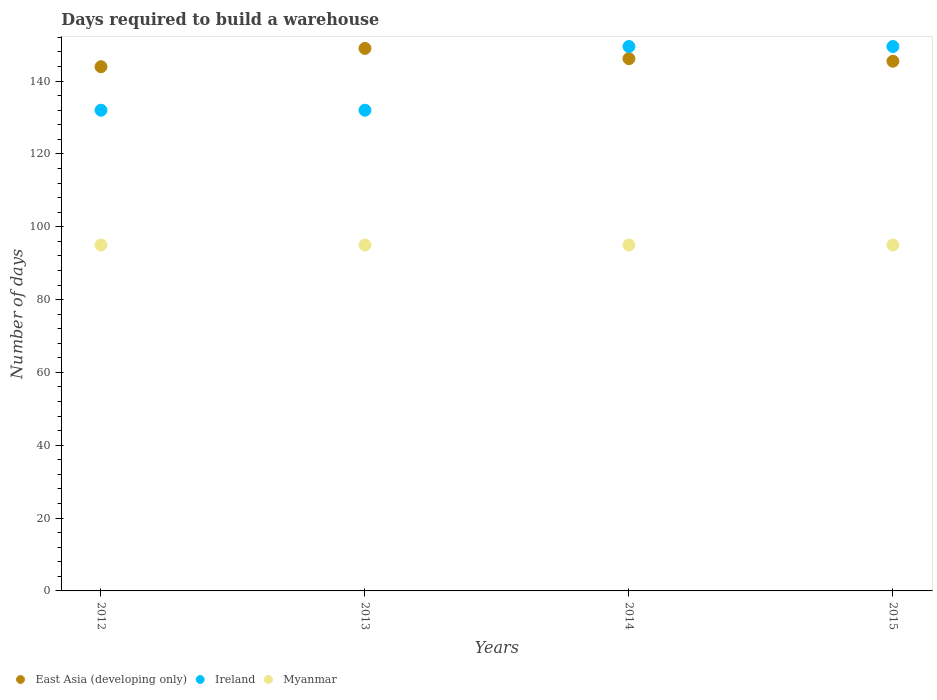
| Years | East Asia (developing only) | Ireland | Myanmar |
 | --- | --- | --- | --- |
 | 2012 | 144 | 132 | 95 |
 | 2013 | 149 | 132 | 95 |
 | 2014 | 146 | 150 | 95 |
 | 2015 | 145 | 150 | 95 |